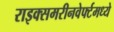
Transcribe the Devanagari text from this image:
राइक्समरीनवेर्फ्टमध्ये